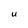
Character: U